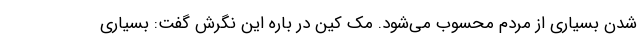
شدن بسیاری از مردم محسوب می‌شود. مک کین در باره این نگرش گفت: بسیاری